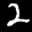
Label: 2